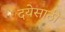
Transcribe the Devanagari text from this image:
दयेसाठी